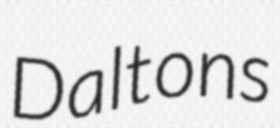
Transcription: Daltons